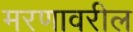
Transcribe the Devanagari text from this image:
मरणावरील